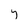
Character: y